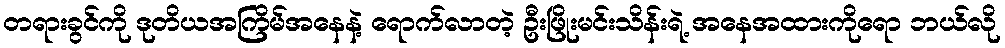
တရားခွင်ကို ဒုတိယအကြိမ်အနေနဲ့ ရောက်လာတဲ့ ဦးဖြိုးမင်းသိန်းရဲ့ အနေအထားကိုရော ဘယ်လို